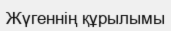
Жүгеннің құрылымы